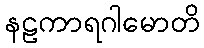
နဠကာရဂါမောတိ